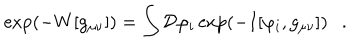
LaTeX: \exp ( - W [ g _ { \mu \nu } ] ) = \int { \cal D } \varphi _ { i } \exp ( - I [ \varphi _ { i } , g _ { \mu \nu } ] ) .